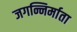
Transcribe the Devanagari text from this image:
जगन्निर्माता